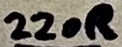
Text: 220R